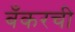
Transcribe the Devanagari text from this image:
बँकरची